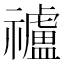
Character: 𥜠